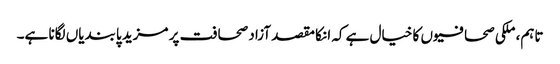
تاہم، ملکی صحافیوں کا خیال ہے کہ انکا مقصد آزاد صحافت پر مزید پابندیاں لگانا ہے۔